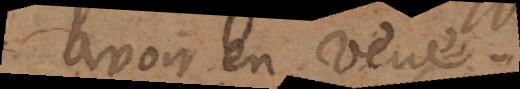
avoir en veue.